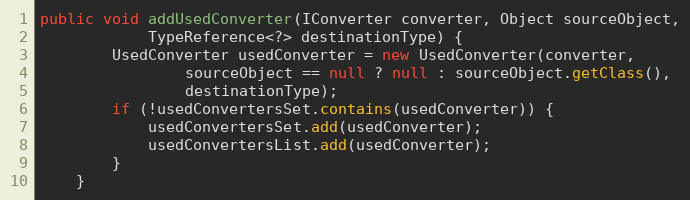
Language: Java
public void addUsedConverter(IConverter converter, Object sourceObject,
			TypeReference<?> destinationType) {
		UsedConverter usedConverter = new UsedConverter(converter,
				sourceObject == null ? null : sourceObject.getClass(),
				destinationType);
		if (!usedConvertersSet.contains(usedConverter)) {
			usedConvertersSet.add(usedConverter);
			usedConvertersList.add(usedConverter);
		}
	}